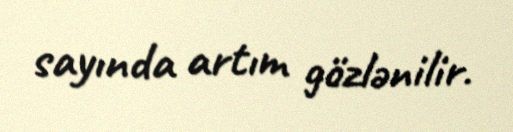
sayında artım gözlənilir.